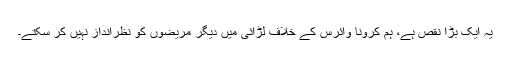
یہ ایک بڑا نقص ہے، ہم کرونا وائرس کے خلاف لڑائی میں دیگر مریضوں کو نظرانداز نہیں کر سکتے۔